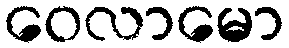
ဝေလာမော